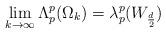
LaTeX: \begin{align*}\lim_{k\rightarrow\infty}\Lambda_p^p (\Omega_k) =\lambda_p^p(W_\frac d 2)\end{align*}